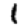
Digit: 1